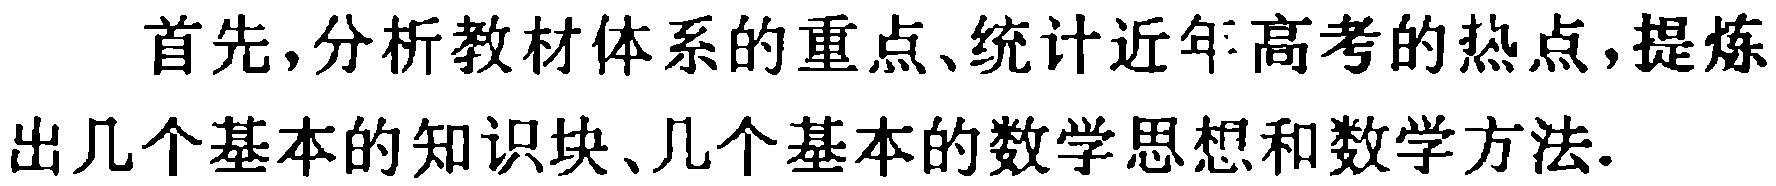
首先,分析教材体系的重点、统计近年高考的热点,提炼出几个基本的知识块、几个基本的数学思想和数学方法.